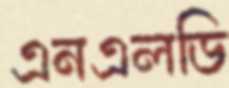
এনএলডি